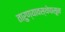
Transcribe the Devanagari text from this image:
तारुण्यावस्थेपासून